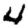
Digit: 4